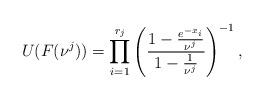
LaTeX: \begin{align*}U(F(\nu^{j}))=\prod_{i=1}^{r_{j}}\left(\frac{1-\frac{e^{-x_{i}}}{\nu^{j}}}{1-\frac{1}{\nu^{j}}}\right) ^{-1},\end{align*}